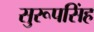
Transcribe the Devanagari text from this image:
सुरूपसिंह